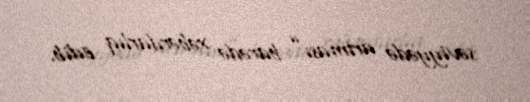
səviyyədə artması” barədə xəbərdarlıq edib.